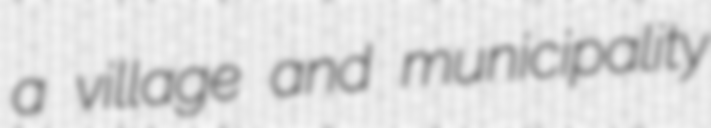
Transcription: a village and municipality